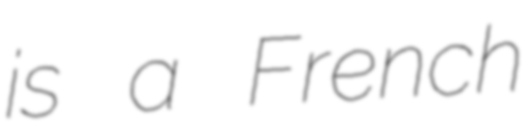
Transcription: is a French